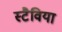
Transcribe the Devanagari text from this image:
स्टैविया